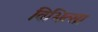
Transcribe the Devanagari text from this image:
विभित्सा